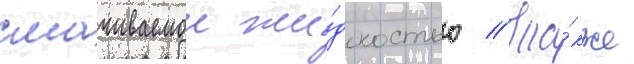
смачиваемои жи́дкостью // Та́кже